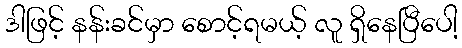
ဒါဖြင့် နန်းခင်မှာ စောင့်ရမယ့် လူ ရှိနေပြီပေါ့